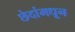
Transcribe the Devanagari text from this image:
छेदांमधून